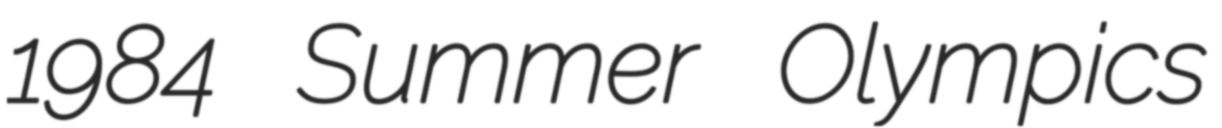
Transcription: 1984 Summer Olympics